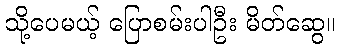
သို့ပေမယ့် ပြောစမ်းပါဦး မိတ်ဆွေ။